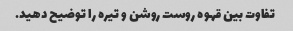
تفاوت بین قهوه روست روشن و تیره را توضیح دهید.